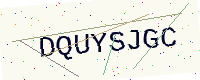
Text: DQUYSJGC